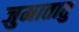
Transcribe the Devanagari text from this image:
जुमातातु